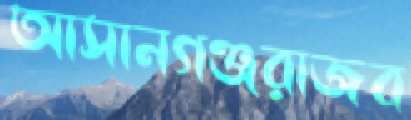
আসানগঞ্জরাজব